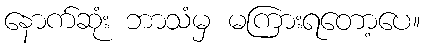
နောက်ဆုံး ဘာသံမှ မကြားရတော့ပေ။